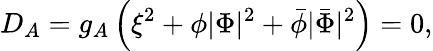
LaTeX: D_{A}=g_{A}\left(\xi^{2}+\phi|\Phi|^{2}+\bar{\phi}|\bar{\Phi}|^{2}\right)=0,